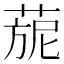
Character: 𦴪